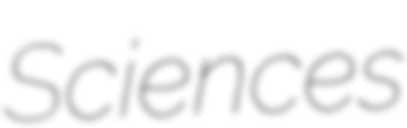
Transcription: Sciences